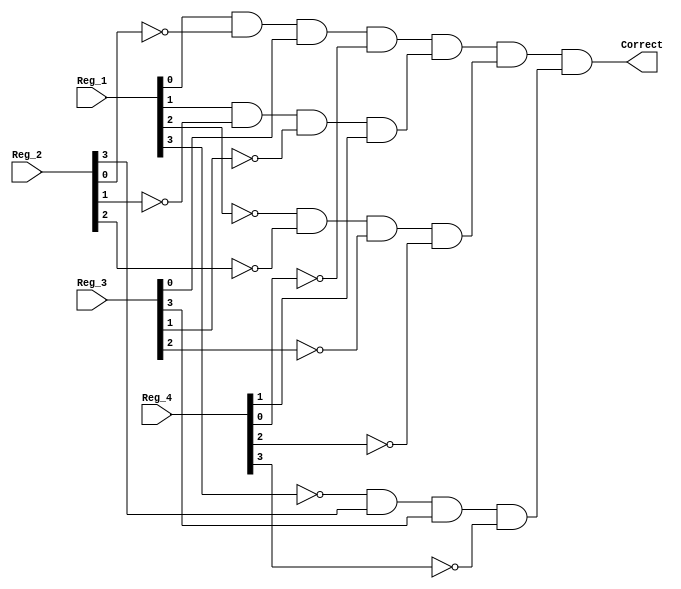
// Copyright (C) 2020  Intel Corporation. All rights reserved.
// Your use of Intel Corporation's design tools, logic functions 
// and other software and tools, and any partner logic 
// functions, and any output files from any of the foregoing 
// (including device programming or simulation files), and any 
// associated documentation or information are expressly subject 
// to the terms and conditions of the Intel Program License 
// Subscription Agreement, the Intel Quartus Prime License Agreement,
// the Intel FPGA IP License Agreement, or other applicable license
// agreement, including, without limitation, that your use is for
// the sole purpose of programming logic devices manufactured by
// Intel and sold by Intel or its authorized distributors.  Please
// refer to the applicable agreement for further details, at
// https://fpgasoftware.intel.com/eula.

// PROGRAM		"Quartus Prime"
// VERSION		"Version 20.1.1 Build 720 11/11/2020 SJ Lite Edition"
// CREATED		"Fri Nov 05 17:49:52 2021"

module Password(
	Reg_1,
	Reg_2,
	Reg_3,
	Reg_4,
	Correct
);


input wire	[3:0] Reg_1;
input wire	[3:0] Reg_2;
input wire	[3:0] Reg_3;
input wire	[3:0] Reg_4;
output wire	Correct;

wire	[3:0] First;
wire	[3:0] Four;
wire	[3:0] Second;
wire	[3:0] Three;
wire	SYNTHESIZED_WIRE_0;
wire	SYNTHESIZED_WIRE_1;
wire	SYNTHESIZED_WIRE_2;
wire	SYNTHESIZED_WIRE_3;
wire	SYNTHESIZED_WIRE_4;
wire	SYNTHESIZED_WIRE_5;
wire	SYNTHESIZED_WIRE_6;
wire	SYNTHESIZED_WIRE_7;
wire	SYNTHESIZED_WIRE_8;
wire	SYNTHESIZED_WIRE_9;
wire	SYNTHESIZED_WIRE_10;
wire	SYNTHESIZED_WIRE_11;
wire	SYNTHESIZED_WIRE_12;
wire	SYNTHESIZED_WIRE_13;




assign	SYNTHESIZED_WIRE_4 = First[0] & SYNTHESIZED_WIRE_0 & Three[0] & SYNTHESIZED_WIRE_1;

assign	SYNTHESIZED_WIRE_7 = SYNTHESIZED_WIRE_2 & Second[3] & Three[3] & SYNTHESIZED_WIRE_3;

assign	SYNTHESIZED_WIRE_0 =  ~Second[0];

assign	SYNTHESIZED_WIRE_1 =  ~Four[0];

assign	SYNTHESIZED_WIRE_8 =  ~Second[1];

assign	SYNTHESIZED_WIRE_9 =  ~Three[1];

assign	SYNTHESIZED_WIRE_10 =  ~First[2];

assign	SYNTHESIZED_WIRE_11 =  ~Second[2];

assign	SYNTHESIZED_WIRE_12 =  ~Three[2];

assign	SYNTHESIZED_WIRE_13 =  ~Four[2];

assign	SYNTHESIZED_WIRE_2 =  ~First[3];

assign	SYNTHESIZED_WIRE_3 =  ~Four[3];

assign	Correct = SYNTHESIZED_WIRE_4 & SYNTHESIZED_WIRE_5 & SYNTHESIZED_WIRE_6 & SYNTHESIZED_WIRE_7;

assign	SYNTHESIZED_WIRE_5 = First[1] & SYNTHESIZED_WIRE_8 & SYNTHESIZED_WIRE_9 & Four[1];

assign	SYNTHESIZED_WIRE_6 = SYNTHESIZED_WIRE_10 & SYNTHESIZED_WIRE_11 & SYNTHESIZED_WIRE_12 & SYNTHESIZED_WIRE_13;

assign	First = Reg_1;
assign	Second = Reg_2;
assign	Three = Reg_3;
assign	Four = Reg_4;

endmodule